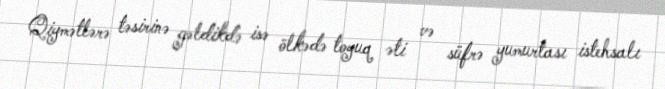
Qiymətlərə təsirinə gəldikdə isə ölkədə toyuq əti və süfrə yumurtası istehsalı